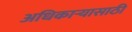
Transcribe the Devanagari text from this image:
अधिकाऱ्यासाठी